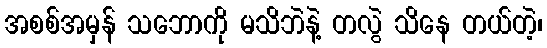
အစစ်အမှန် သဘောကို မသိဘဲနဲ့ တလွဲ သိနေ တယ်တဲ့၊